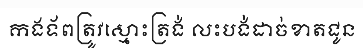
កងទ័ពត្រូវស្មោះត្រង់ លះបង់ដាច់ខាតជូន